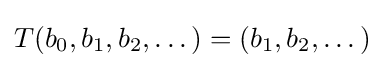
T(b_{0},b_{1},b_{2},\dots )=(b_{1},b_{2},\dots )